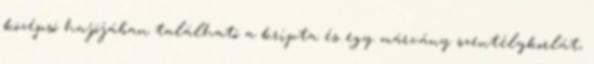
középsó hajójában található a kripta és egy márvány szentélykorlát,